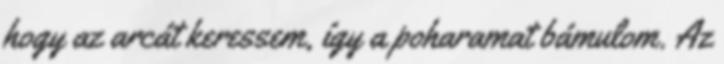
hogy az arcát keressem, így a poharamat bámulom. Az